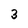
Character: 3